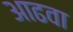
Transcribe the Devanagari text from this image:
आढवा